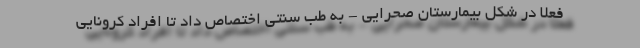
فعلا در شکل بیمارستان صحرایی - به طب سنتی اختصاص داد تا افراد کرونایی